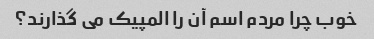
خوب چرا مردم اسم آن را المپیک می گذارند؟